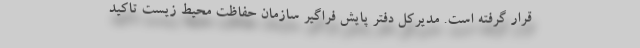
قرار گرفته است. مدیرکل دفتر پایش فراگیر سازمان حفاظت محیط زیست تاکید